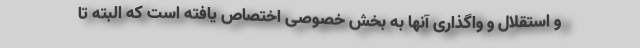
و استقلال و واگذاری آنها به بخش خصوصی اختصاص یافته است که البته تا